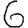
Digit: 6